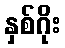
နှစ်ဂိုး